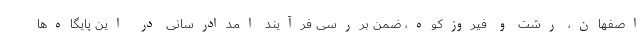
اصفهان، رشت و فیروزکوه، ضمن بررسی فرآیند امدادرسانی در این پایگاه‌ها